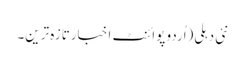
نئی دہلی(اُردو پوائنٹ اخبارتازہ ترین۔